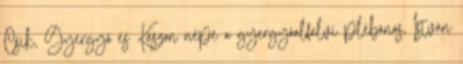
Csík, Gyergyó és Kászon népe a gyergyóalfalvi plébános, István